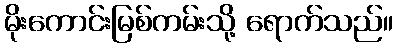
မိုးကောင်းမြစ်ကမ်းသို့ ရောက်သည်။